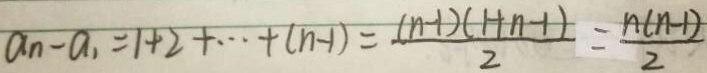
a _ { n } - a _ { 1 } = 1 + 2 + \cdots + ( n - 1 ) = \frac { ( n - 1 ) ( 1 + n - 1 ) } { 2 } = \frac { n ( n - 1 ) } { 2 }